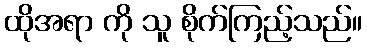
ထိုအရာ ကို သူ စိုက်ကြည့်သည်။